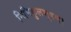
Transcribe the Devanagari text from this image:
निमिकुलभूषण।